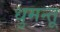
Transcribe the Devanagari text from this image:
धुमन्तू